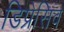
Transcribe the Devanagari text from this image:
डिप्रेसिव